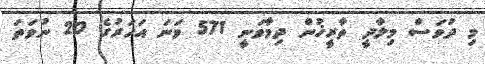
މި ދުވަސް މިލާދީ ތާރީޚުން ދިމާވަނީ 571 ވަނަ އަހަރުގެ 20 ނުވަތަ